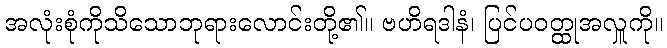
အလုံးစုံကိုသိသောဘုရားလောင်းတို့၏။ ဗဟိရဒါနံ၊ ပြင်ပဝတ္ထုအလှူကို။